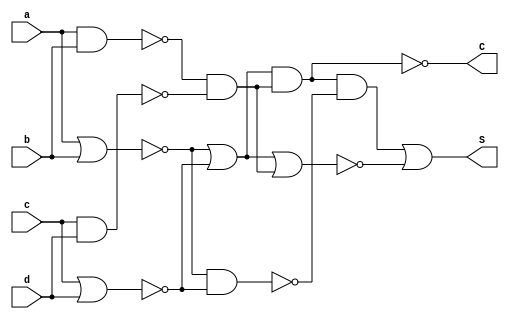
///////////////////////////////////////////////////////////////////////////////////////////////////
// Part of paper Design and Analysis of Approximate 4-2 Compressors for HighAccuracy Multipliers
// 2022 April
//
// Contributers : Prof. Madhav Rao, Aakarsh Dev, Animesh Kumar Tiwari
// 
///////////////////////////////////////////////////////////////////////////////////////////////////

module pro_5(S,C,a,b,c,d);
 output S,C;
 input a,b,c,d;
 wire d1,d2,d3,d4,O2,O3,O4;

assign C = ~O3;
assign S = (O3&(~O4)) | (~O2);
assign d1 = ~(a|b);
assign d2 = ~(c|d);
assign d3 = ~(a&b);
assign d4 = ~(c&d);
assign O4 = d1 & d2;
assign O3 = (d1 | d2) & (d3 & d4);
assign O2 = (d1 | d2) | (d3 & d4);

endmodule